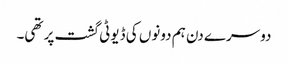
دوسرے دن ہم دونوں کی ڈیوٹی گشت پر تھی۔